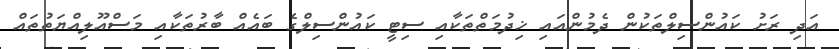
އަދި ރަށު ކައުންސިލްތަކުން ދެމުންއައި ޚިދުމަތްތަކާއި ސިޓީ ކައުންސިލްގެ ބައެއް ބާރުތަކާއި މަސްއޫލިއްޔަތުތައް